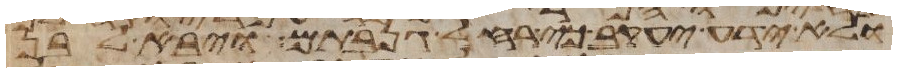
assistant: ולא ידע יעקב כי רחל גנבתם ויבא לבן